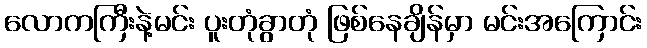
လောကကြီးနဲ့မင်း ပူးတုံခွာတုံ ဖြစ်နေချိန်မှာ မင်းအကြောင်း